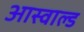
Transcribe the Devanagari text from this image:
आस्वाल्ड